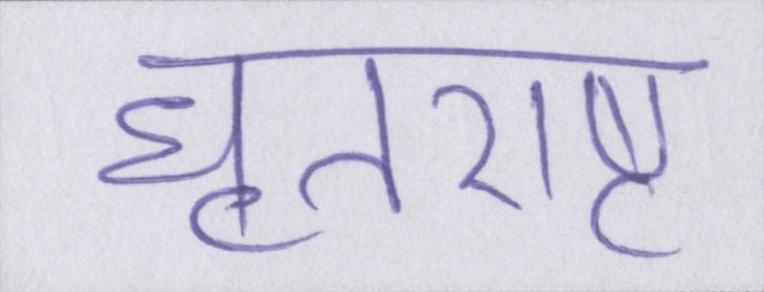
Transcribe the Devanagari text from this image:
धॄतराष्ट्र